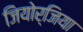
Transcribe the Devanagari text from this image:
जियोर्जिया